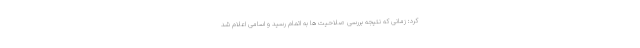
کرد: زمانی که نتیجه بررسی صلاحیت ها به اتمام رسید و اسامی اعلام شد